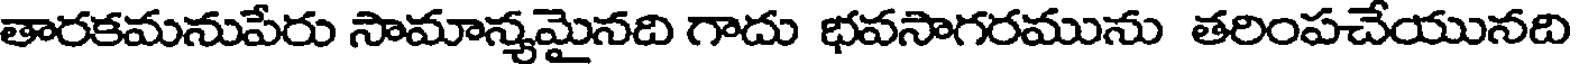
తారకమనుపేరు సామాన్యమైనది గాదు భవసాగరమును తరింపచేయునది